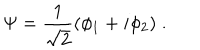
\Psi = \frac { 1 } { \sqrt { 2 } } ( \phi _ { 1 } + i \phi _ { 2 } ) \; .